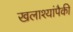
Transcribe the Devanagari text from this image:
खलाश्यांपैकी